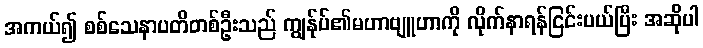
အကယ်၍ စစ်သေနာပတိတစ်ဦးသည် ကျွန်ုပ်၏မဟာဗျူဟာကို လိုက်နာရန်ငြင်းပယ်ပြီး အဆိုပါ